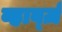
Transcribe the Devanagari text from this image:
व्हार्व्ज़